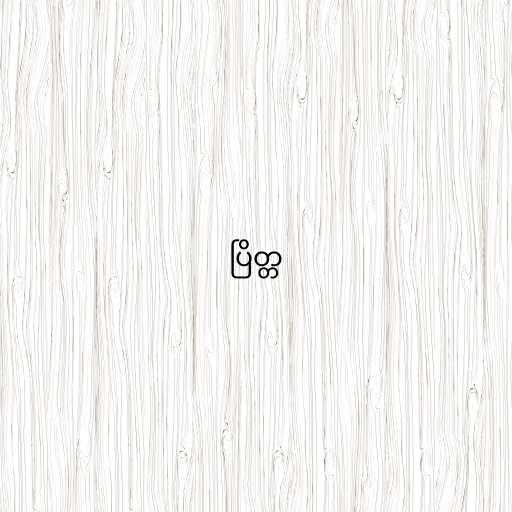
ပြိတ္တ